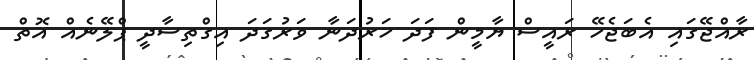
ރާއްޖޭގައި އެބަޖެހޭ ރައީސް ޔާމީން ފަދަ ހަރުދަނާ ވަރުގަދަ އިގްތިސާދީ ޕްލޭނެއް އޮތް